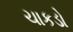
ચાકડો